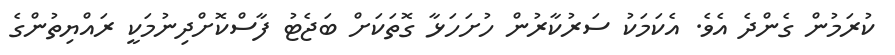
ކުރަމުން ގެންދެ އެވެ. އެކަމަކު ސަރުކާރުން ހުށަހަޅާ ގޮތަކަށް ބަޖެޓު ފާސްކޮށްދިނުމަކީ ރައްޔިތުންގެ